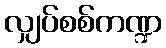
လျှပ်စစ်ကဏ္ဍ